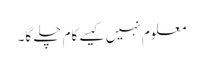
معلوم نہیں کیسے کام چلے گا۔